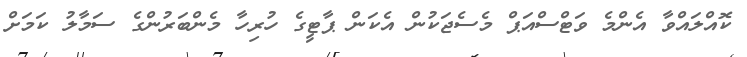
ކޮއްލައްވާ އެންމެ ވަޓްސްއަޕް މެސެޖަކުން އެކަން ޕާޓީގެ ހުރިހާ މެންބަރުންގެ ސަމާލު ކަމަށް